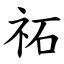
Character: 祏